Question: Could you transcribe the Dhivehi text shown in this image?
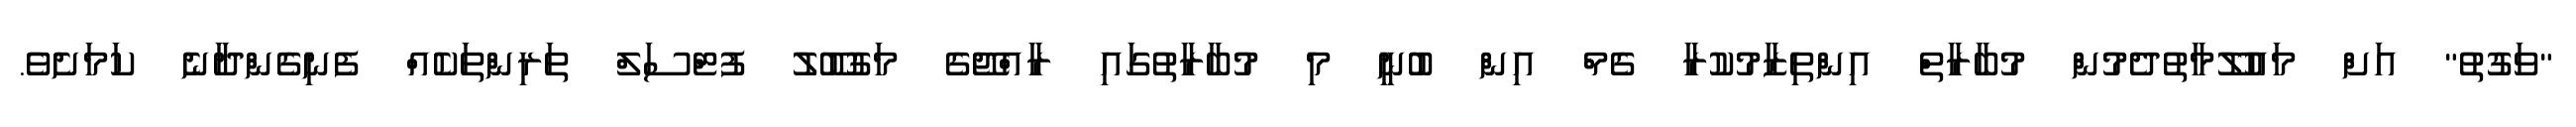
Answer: "ވަގުތު" އަށް މައުލޫމާތުދެމުން މުބާރާތް އިންތިޒާމުކުރާ ގެމް އިން ބުނީ މި މުބާރާތުގައި ރާއްޖޭގެ މަގުބޫލު ފުޓްސަލް ތަރިންތަކެއް ފެނިގެންދާނެ ކަމަށެވެ.